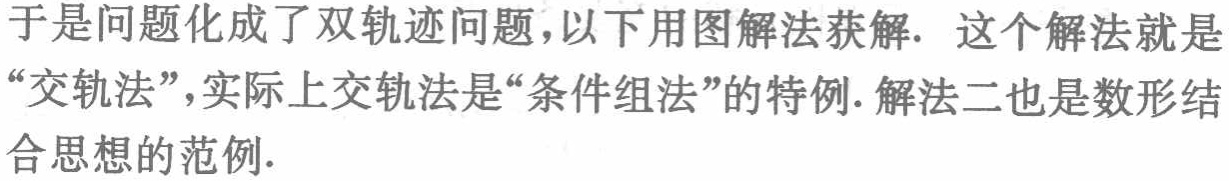
于是问题化成了双轨迹问题，以下用图解法获解. 这个解法就是“交轨法”，实际上交轨法是“条件组法”的特例. 解法二也是数形结合思想的范例.